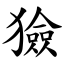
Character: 獫